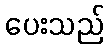
ပေးသည်